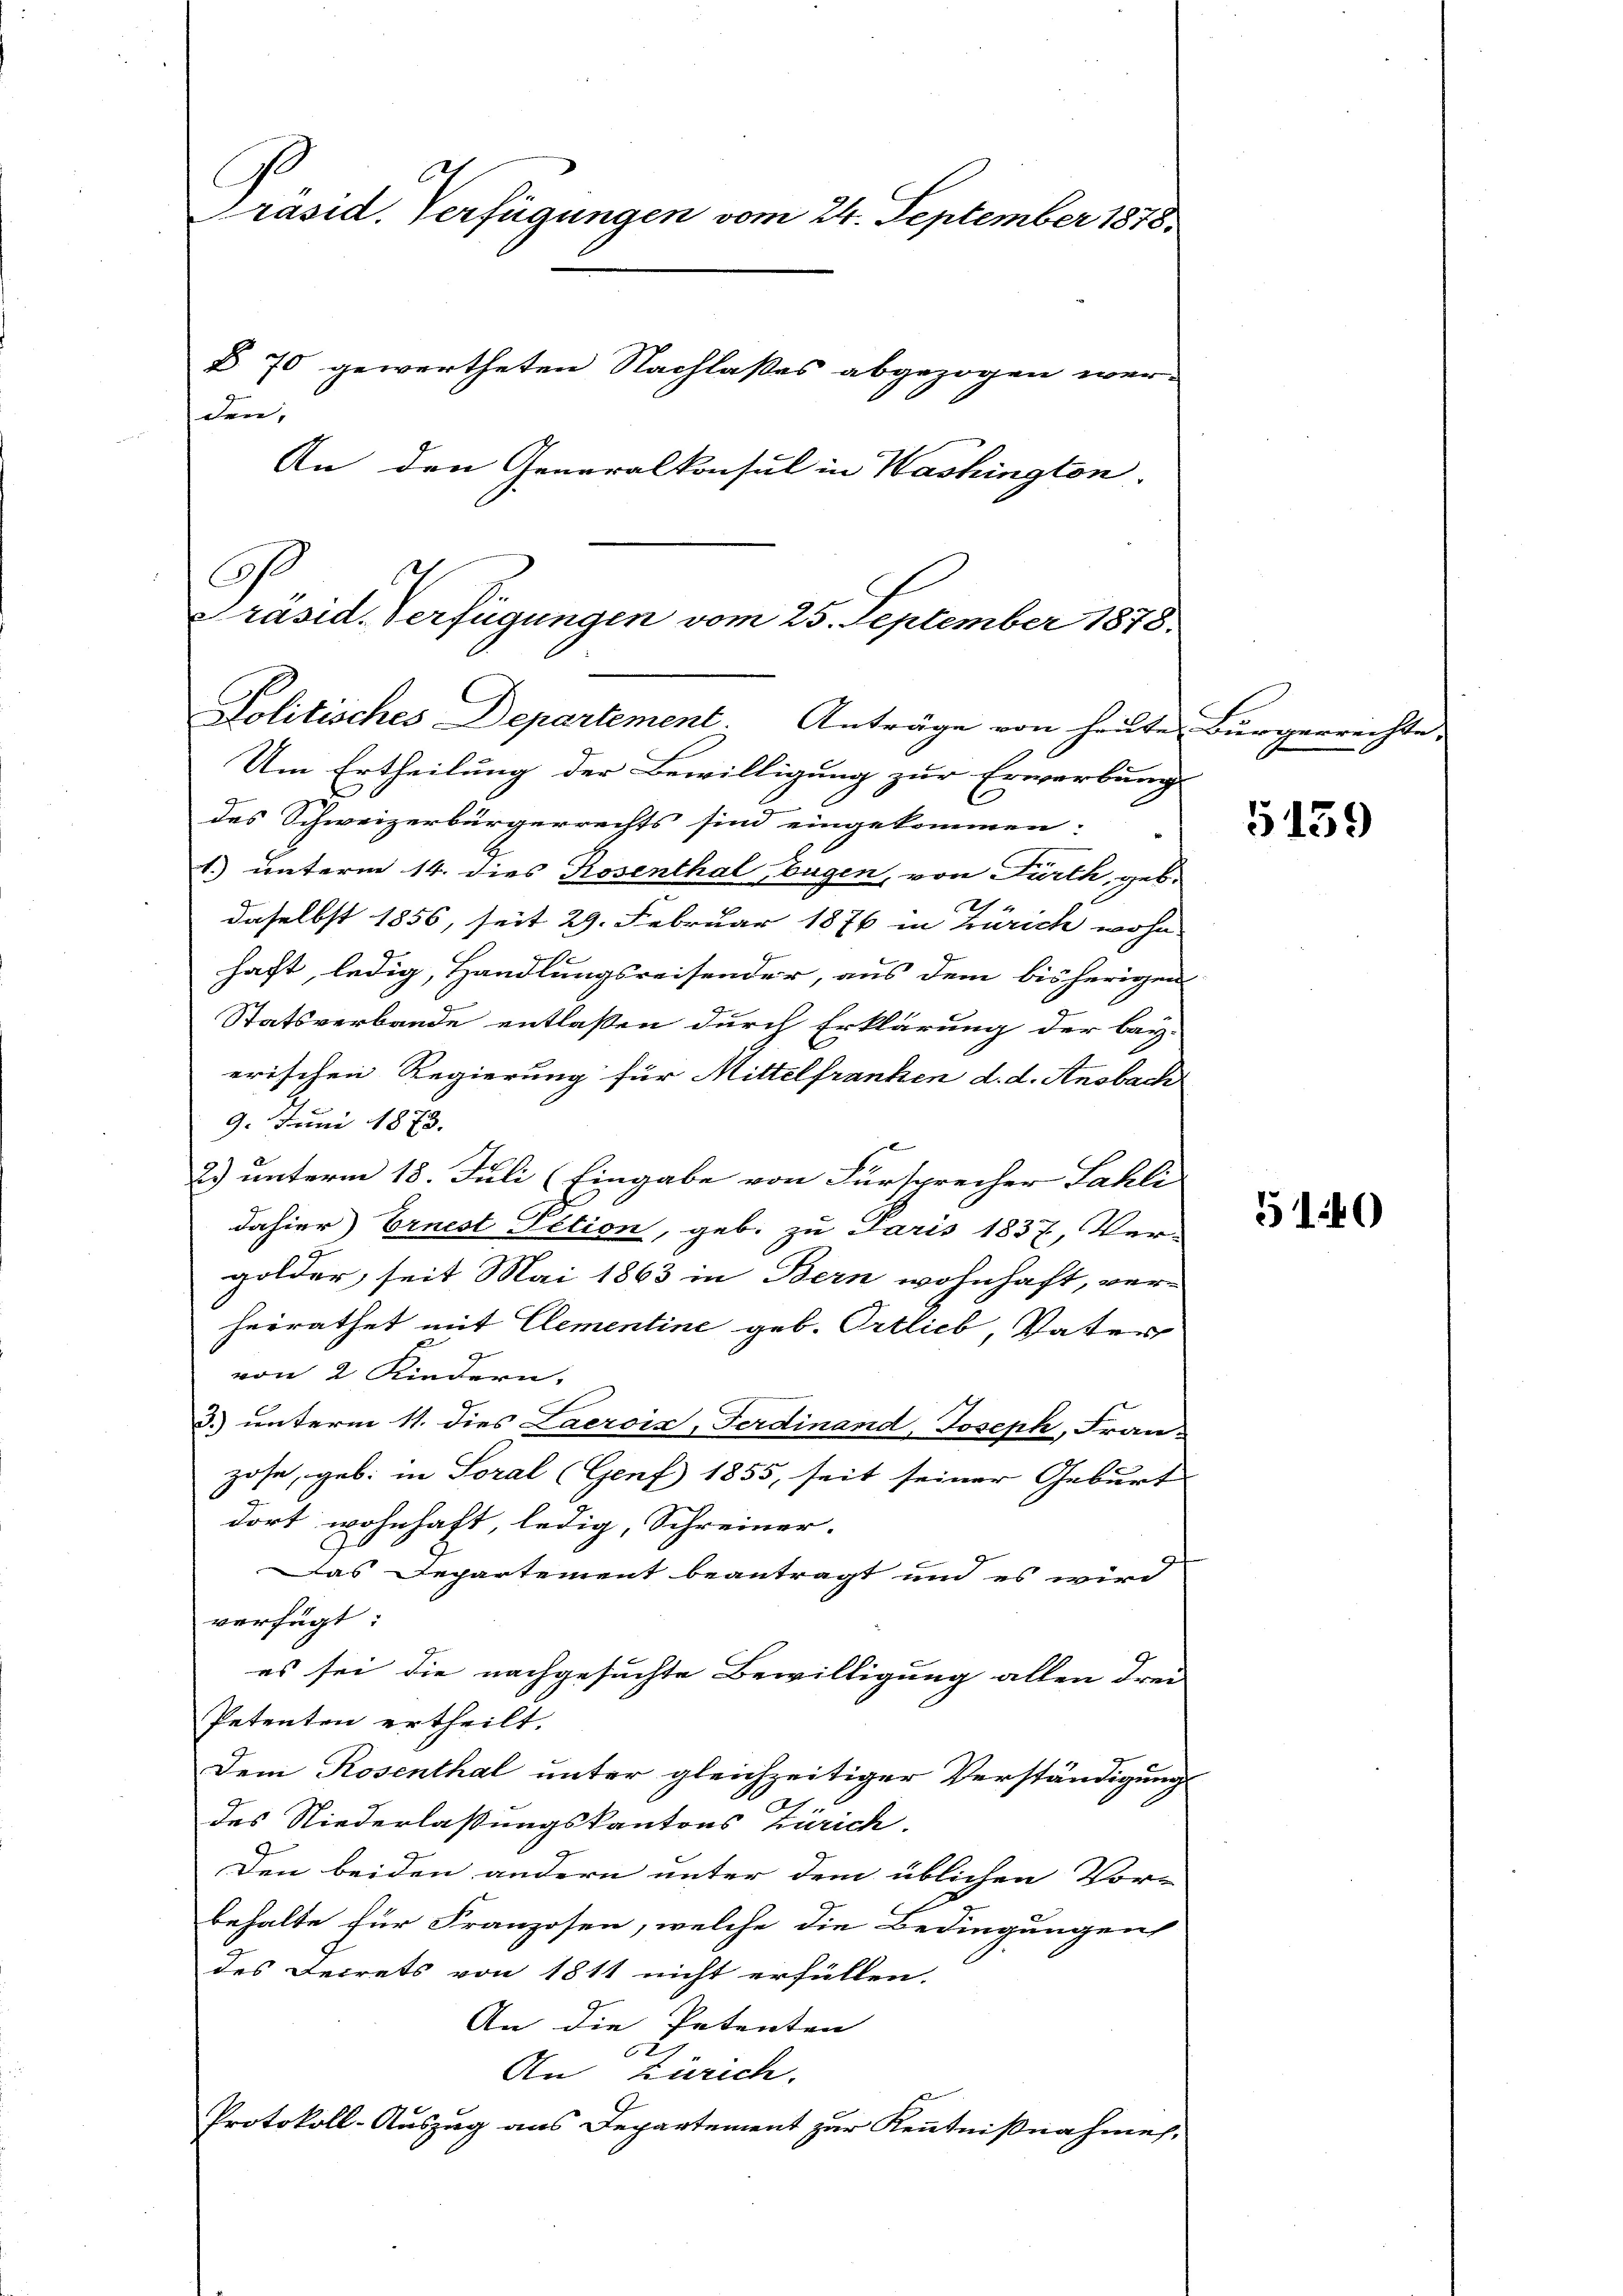
Präsid. Verfügungen vom 24. September 1878.
B. 70 gewertheten Nachlaßes abgezogen wer-
den,
An den Generalkonsul in Washington,
G.
Präsid. Verfügungen vom 25. September 1878.

Politisches Departement. Anträge von heute Bürgerrechte

Um Ertheilung der Bewilligung zur Erwerbung
des Schweizerbürgerrechts sind eingekommen:
1.) unterm 14. dies Rosenthal, Eugen, von Fürth, geb.
u
daselbst 1856, seit 29. Februar 1876 in Zürich wohn
.
haft, ledig, Handlungsreisender, aus dem bisherigen
Statsverbande entlaßen durch Erklärung der bey-
erischen Regierung für Mittelfranken d. d. Ansbach
9. Juni 1873.
2.) unterm 18. Juli (Eingabe von Fürsprecher Sahli
dahier Ernest Iction, geb. zu Paris 1837, Ver-
golder, seit Mai 1863 in Bern wohnhaft, ver-
herrathet mit Elementine geb. Ortlieb, Vater
von 2 Kindern.
3. unterm 11. dies Lacroix, Ferdinand, Joseph, Fran-
zose, geb. in Soral (Genf 1855, seit seiner Geburt
2
dort wohnhaft, ledig, Schreiner-
Das Departement beantragt und es wird
verfügt:
es sei die nachgesuchte Bewilligung allen drei
Petenten ertheilt.
Dem Rosenthal unter gleichzeitiger Verständigung
des Niederlassungskantons Zürich.
Den beiden andern unter dem üblichen Vor-
behalte für Franzosen, welche die Bedingungen
des Fecrets von 1811 nicht erfüllen.
An die Petenten
An Zürich.
Protokoll-Auszug aus Departement zur Kenntnißnahme.

5159

5140